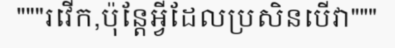
"""រវើក,ប៉ុន្តែអ្វីដែលប្រសិនបើវា"""